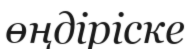
өңдіріске